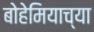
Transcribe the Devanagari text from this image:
बोहेमियाच्या